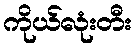
ကိုယ်လုံးတီး